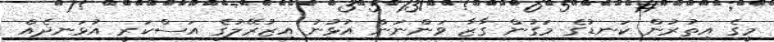
މީގެ އިތުރުން ކަނޑުގެ މަގުން ގާޒާ ވަންނަން އުޅުނު އިޒުރޭލުގެ އަސްކަރީ އުޅަނދެއް